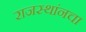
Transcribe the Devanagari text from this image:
राजस्थांनचा